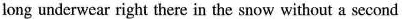
long underwear right there in the snow without a second